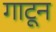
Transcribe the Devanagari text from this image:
गाटून